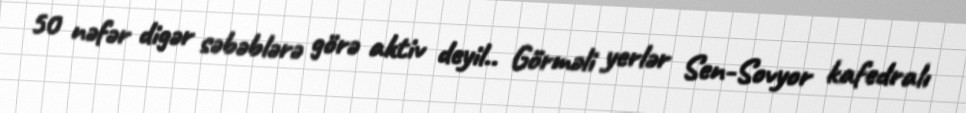
50 nəfər digər səbəblərə görə aktiv deyil.. Görməli yerlər Sen-Sovyor kafedralı